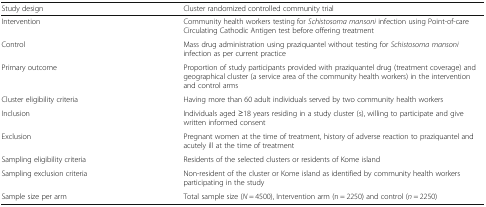
<table><thead><tr><td><b>Study design</b></td><td><b>Cluster randomized controlled community trial</b></td></tr></thead><tbody><tr><td>Intervention</td><td>Community health workers testing for <i>Schistosoma mansoni</i> infection using Point-of-care Circulating Cathodic Antigen test before offering treatment</td></tr><tr><td>Control</td><td>Mass drug administration using praziquantel without testing for <i>Schistosoma mansoni</i> infection as per current practice</td></tr><tr><td>Primary outcome</td><td>Proportion of study participants provided with praziquantel drug (treatment coverage) and geographical cluster (a service area of the community health workers) in the intervention and control arms</td></tr><tr><td>Cluster eligibility criteria</td><td>Having more than 60 adult individuals served by two community health workers</td></tr><tr><td>Inclusion</td><td>Individuals aged ≥18 years residing in a study cluster (s), willing to participate and give written informed consent</td></tr><tr><td>Exclusion</td><td>Pregnant women at the time of treatment, history of adverse reaction to praziquantel and acutely ill at the time of treatment</td></tr><tr><td>Sampling eligibility criteria</td><td>Residents of the selected clusters or residents of Kome island</td></tr><tr><td>Sampling exclusion criteria</td><td>Non-resident of the cluster or Kome island as identified by community health workers participating in the study</td></tr><tr><td>Sample size per arm</td><td>Total sample size (<i>N</i> = 4500), Intervention arm (n = 2250) and control (<i>n</i> = 2250)</td></tr></tbody></table>